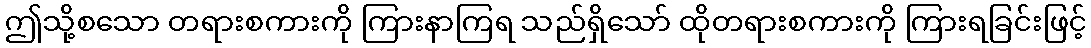
ဤသို့စသော တရားစကားကို ကြားနာကြရ သည်ရှိသော် ထိုတရားစကားကို ကြားရခြင်းဖြင့်